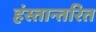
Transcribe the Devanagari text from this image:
हंस्तान्तरित